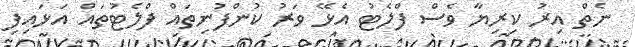
ނެތް އިރު ކިރިޔާ ވެސް ފްލެޓު އެޅޭ ވަރު ކުންފުނިތައް ފްލެޓުތައް އަޅައިފި